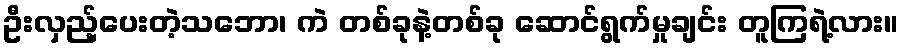
ဦးလှည့်ပေးတဲ့သဘော၊ ကဲ တစ်ခုနဲ့တစ်ခု ဆောင်ရွက်မှုချင်း တူကြရဲ့လား။